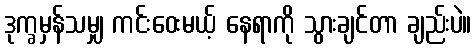
ဒုက္ခမှန်သမျှ ကင်းဝေးမယ့် နေရာကို သွားချင်တာ ချည်းပဲ။